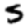
Digit: 5